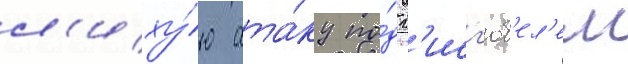
л'иху́ю ата́ку по́д г'исг'юб'ел'ем